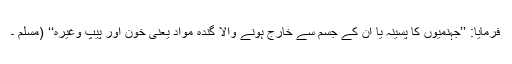
فرمایا: ’’جہنمیوں کا پسینہ یا ان کے جسم سے خارج ہونے والا گندہ مواد یعنی خون اور پیپ وغیرہ‘‘ (مسلم ۔